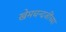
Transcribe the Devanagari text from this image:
खेमचन्दजींच्या